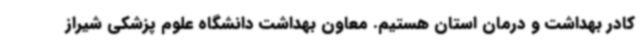
کادر بهداشت و درمان استان هستیم. معاون بهداشت دانشگاه علوم پزشکی شیراز